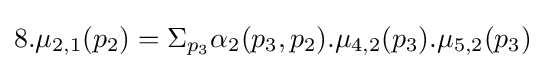
8.\mu _{2,1}(p_{2})=\Sigma _{p_{3}}\alpha _{2}(p_{3},p_{2}).\mu _{4,2}(p_{3}).\mu _{5,2}(p_{3})